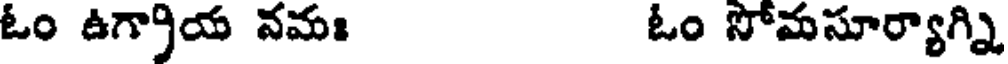
ఓం ఉగ్రాయ వమ ఓం సోమసూర్యాగ్ని